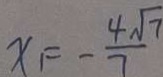
x = - \frac { 4 \sqrt { 7 } } { 7 }